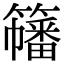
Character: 𥶋